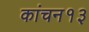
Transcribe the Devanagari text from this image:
कांचन१३